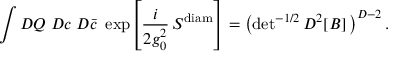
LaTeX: \int { \cal D } Q \; { \cal D } c \; { \cal D } { \bar { c } } ~ \exp \! \left[ \frac { i } { 2 g _ { 0 } ^ { 2 } } \, S ^ { \mathrm { d i a m } } \right] = \left( \mathrm { d e t } ^ { - 1 / 2 } \, D ^ { 2 } [ B ] \, \right) ^ { D - 2 } .